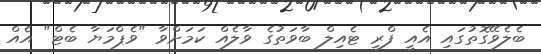
ބެލެވޭގޮތުގައި އެއީ ފްރީ ޓެއިލް ބާވަތުގެ ވާލެއް ކަމަށްވާ "ވެޕްމަޔާ ބެޓް" އެއް